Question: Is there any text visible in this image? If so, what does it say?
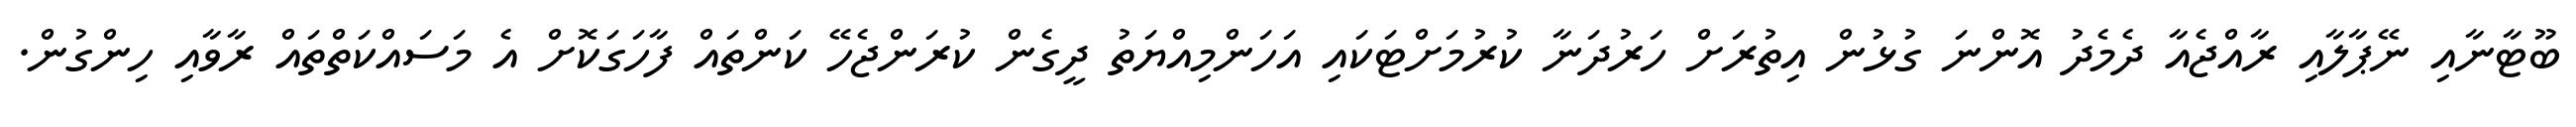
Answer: ބޫޓާނާއި ނޭޕާލާއި ރާއްޖެއާ ދެމެދު އޮންނަ ގުޅުން އިތުރަށް ހަރުދަނާ ކުރުމަށްޓަކައި އަހަންމިއްޔަތު ދީގެން ކުރަންޖެހޭ ކަންތައް ފާހަގަކޮށް އެ މަސައްކަތްތައް ރާވާއި ހިންގުން.